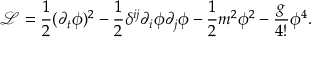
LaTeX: { \mathcal { L } } = { \frac { 1 } { 2 } } ( \partial _ { t } \phi ) ^ { 2 } - { \frac { 1 } { 2 } } \delta ^ { i j } \partial _ { i } \phi \partial _ { j } \phi - { \frac { 1 } { 2 } } m ^ { 2 } \phi ^ { 2 } - { \frac { g } { 4 ! } } \phi ^ { 4 } .